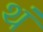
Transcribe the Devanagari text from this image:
थं